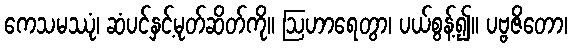
ကေသမဿုံ၊ ဆံပင်နှင့်မုတ်ဆိတ်ကို။ ဩဟာရေတွာ၊ ပယ်စွန့်၍။ ပဗ္ဗဇိတော၊